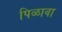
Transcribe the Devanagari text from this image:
पिळावा